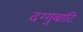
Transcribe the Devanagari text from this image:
दग्गुबाटि